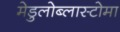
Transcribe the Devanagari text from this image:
मेडुलोब्लास्टोमा